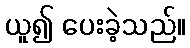
ယူ၍ ပေးခဲ့သည်။